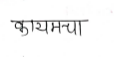
मजकूर: कायमचा